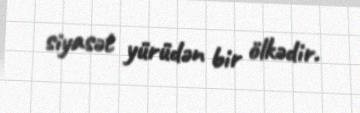
siyasət yürüdən bir ölkədir.